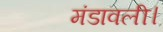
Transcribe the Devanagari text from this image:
मंडावली।